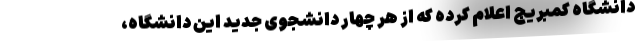
دانشگاه کمبریج اعلام کرده که از هر چهار دانشجوی جدید این دانشگاه،‌